Civil Veterinary Dept. North-West Frontier Province 1901-22 - 1901-1922
Year: 1901
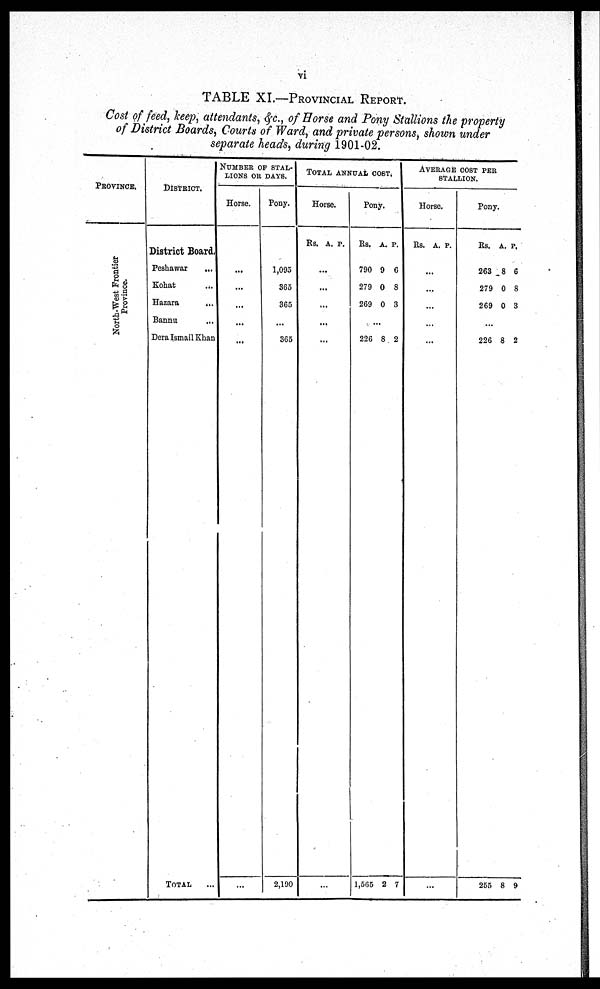
vi
TABLE XI.—PROVINCIAL REPORT.
Cost of feed, keep, attendants, &c., of Horse and Pony Stallions the property
of District Boards, Courts of Ward, and private persons, shown under
separate heads, during 1901-02.
PROVINCE.
North-West Frontier
Province.
DISTRICT.
District Board.
Peshawar
...
Kohat ...
Hazara
...
Bannu
...
Dera Ismail Khan
TOTAL ...
NUMBER OF STAL-
LIONS OR DAYS.
Horse.
...
...
...
...
...
...
Pony.
1,095
365
365
..
365
2,190
TOTAL ANNUAL COST.
Horse.
Rs. A. P.
...
...
...
...
...
...
Pony.
Rs. A. P.
790
279
269
9
0
0
6
8
3
...
226
1,565
8
2
2
7
AVERAGE COST PER
STALLION.
Horse.
Rs. A. P.
...
...
...
...
...
...
Pony.
Rs. A. P.
263
279
269
8
0
0
6
8
3
...
226
255
8
8
2
9